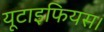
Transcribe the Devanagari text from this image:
यूटाइफियस।